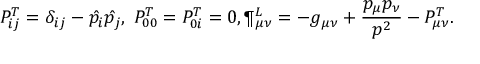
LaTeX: P _ { i j } ^ { T } = \delta _ { i j } - \hat { p _ { i } } \hat { p _ { j } } , \ P _ { 0 0 } ^ { T } = P _ { 0 i } ^ { T } = 0 , \P _ { \mu \nu } ^ { L } = - g _ { \mu \nu } + { \frac { p _ { \mu } p _ { \nu } } { p ^ { 2 } } } - P _ { \mu \nu } ^ { T } .